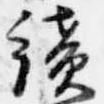
続